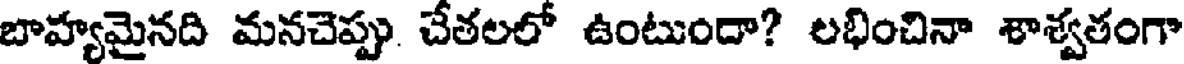
బాహ్యమైనది మనచెప్పు. చేతలలో ఉంటుందా? లభించినా శాశ్వతంగా